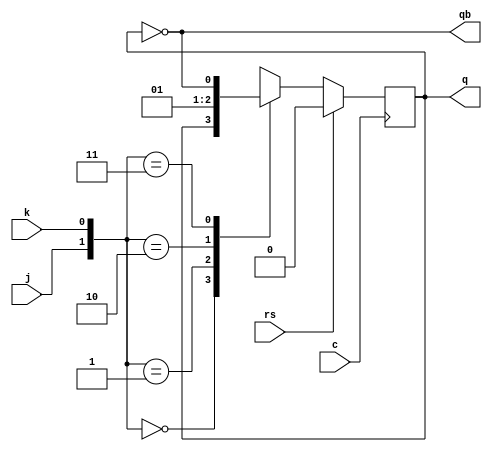
`timescale 1ns / 1ps
//////////////////////////////////////////////////////////////////////////////////
// Company: 
// Engineer: 
// 
// Design Name: 
// Module Name:    JKff 
// Project Name: 
// Target Devices: 
// Tool versions: 
// Description: 
//
// Dependencies: 
//
// Revision: 
// Revision 0.01 - File Created
// Additional Comments: 
//
//////////////////////////////////////////////////////////////////////////////////
module JKff(q,qb,j,k,c,rs
    );
input j,k,c,rs;
output qb,q;
reg q;
assign qb=~q;
always@(posedge c)
begin
if(rs)
q=0;
else
casex({j,k})
2'b00:q=q;
2'b01:q=0;
2'b10:q=1;
2'b11:q=~q;
endcase
end
endmodule